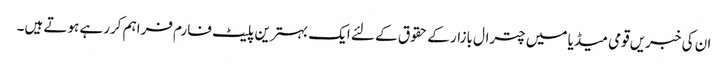
ان کی خبریں قومی میڈیا میں چترال بازار کے حقوق کے لئے ایک بہترین پلیٹ فارم فراہم کررہے ہوتے ہیں۔